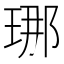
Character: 𤥶